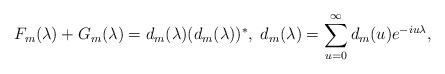
LaTeX: \begin{align*} F_m(\lambda)+G_m(\lambda)=d_m(\lambda)(d_m(\lambda))^*,\; d_m(\lambda)=\sum_{u=0}^\infty d_m(u) e^{-iu\lambda},\end{align*}